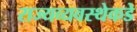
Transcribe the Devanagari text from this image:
राज्यव्यवस्थेकडे